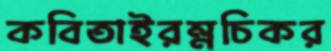
কবিতাইরম্নচিকর